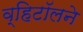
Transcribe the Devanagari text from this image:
व्हिटॉलने